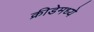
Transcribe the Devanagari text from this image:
क्रीडेमध्ये